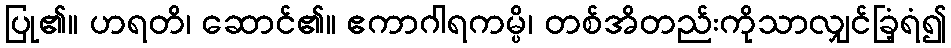
ပြု၏။ ဟရတိ၊ ဆောင်၏။ ဧကာဂါရကမ္ပိ၊ တစ်အိတည်းကိုသာလျှင်ခြံ့ရံ၍